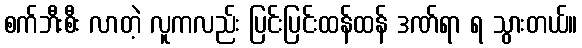
စက်ဘီးစီး လာတဲ့ လူကလည်း ပြင်းပြင်းထန်ထန် ဒဏ်ရာ ရ သွားတယ်။